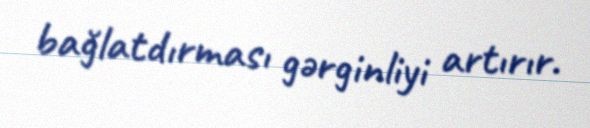
bağlatdırması gərginliyi artırır.